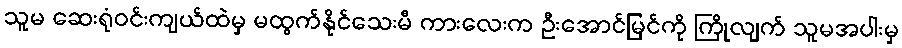
သူမ ဆေးရုံဝင်းကျယ်ထဲမှ မထွက်နိုင်သေးမီ ကားလေးက ဦးအောင်မြင်ကို ကြိုလျက် သူမအပါးမှ